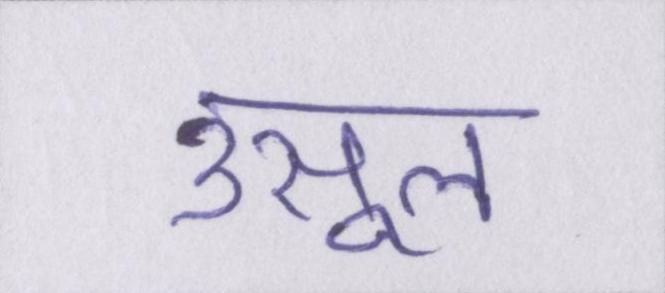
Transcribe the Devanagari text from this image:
उसूल